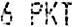
6 PKT